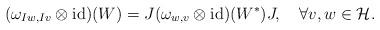
LaTeX: \begin{align*}(\omega_{Iw,Iv}\otimes\operatorname{id})(W)=J(\omega_{w,v}\otimes\operatorname{id})(W^*)J,\quad\forall v,w\in{\mathcal H}.\end{align*}